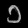
Digit: ၁